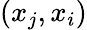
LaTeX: (x_{j},x_{i})